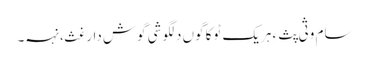
سام وثی پث ءِ ہریک ٹوکا گوں دلگوشی گوش دارغث، نہہ۔